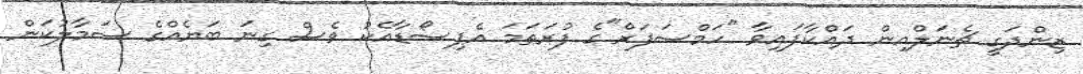
ޒިންދަގީ ޗެނަލްއިން ދައްކާފައިވާ "ހަމްސަފަރް"ގެ ފުރަތަމަ އެޕިސޯޑާއެކު ވެސް ގިނަ ބަޔެއްގެ ސަމާލުކަން